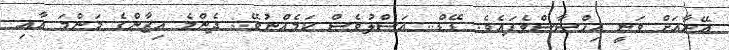
އޭނާއަށް ވަނީ އިހްސާސްވެފައެވެ. ޑޭޑް.. އަސްލުވެސް ކަމެއްނުވޭ.. ދެންމެ އިޒާންގެ މަންމަ އާއި